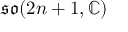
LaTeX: { \mathfrak { s o } } ( 2 n + 1 , \mathbb { C } )